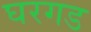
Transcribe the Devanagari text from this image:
घरगड